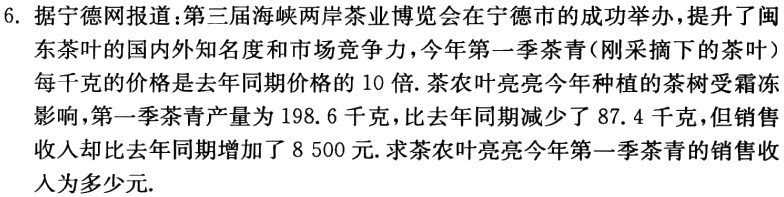
6. 据宁德网报道：第三届海峡两岸茶业博览会在宁德市的成功举办，提升了闽

东茶叶的国内外知名度和市场竞争力，今年第一季茶青(刚采摘下的茶叶）

每千克的价格是去年同期价格的 10 倍. 茶农叶亮亮今年种植的茶树受霜冻

影响，第一季茶青产量为 198.6 千克，比去年同期减少了 87.4 千克，但销售

收入却比去年同期增加了 8 500 元. 求茶农叶亮亮今年第一季茶青的销售收

入为多少元.